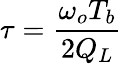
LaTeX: \tau={\frac{\omega_{o}T_{b}}{2Q_{L}}}